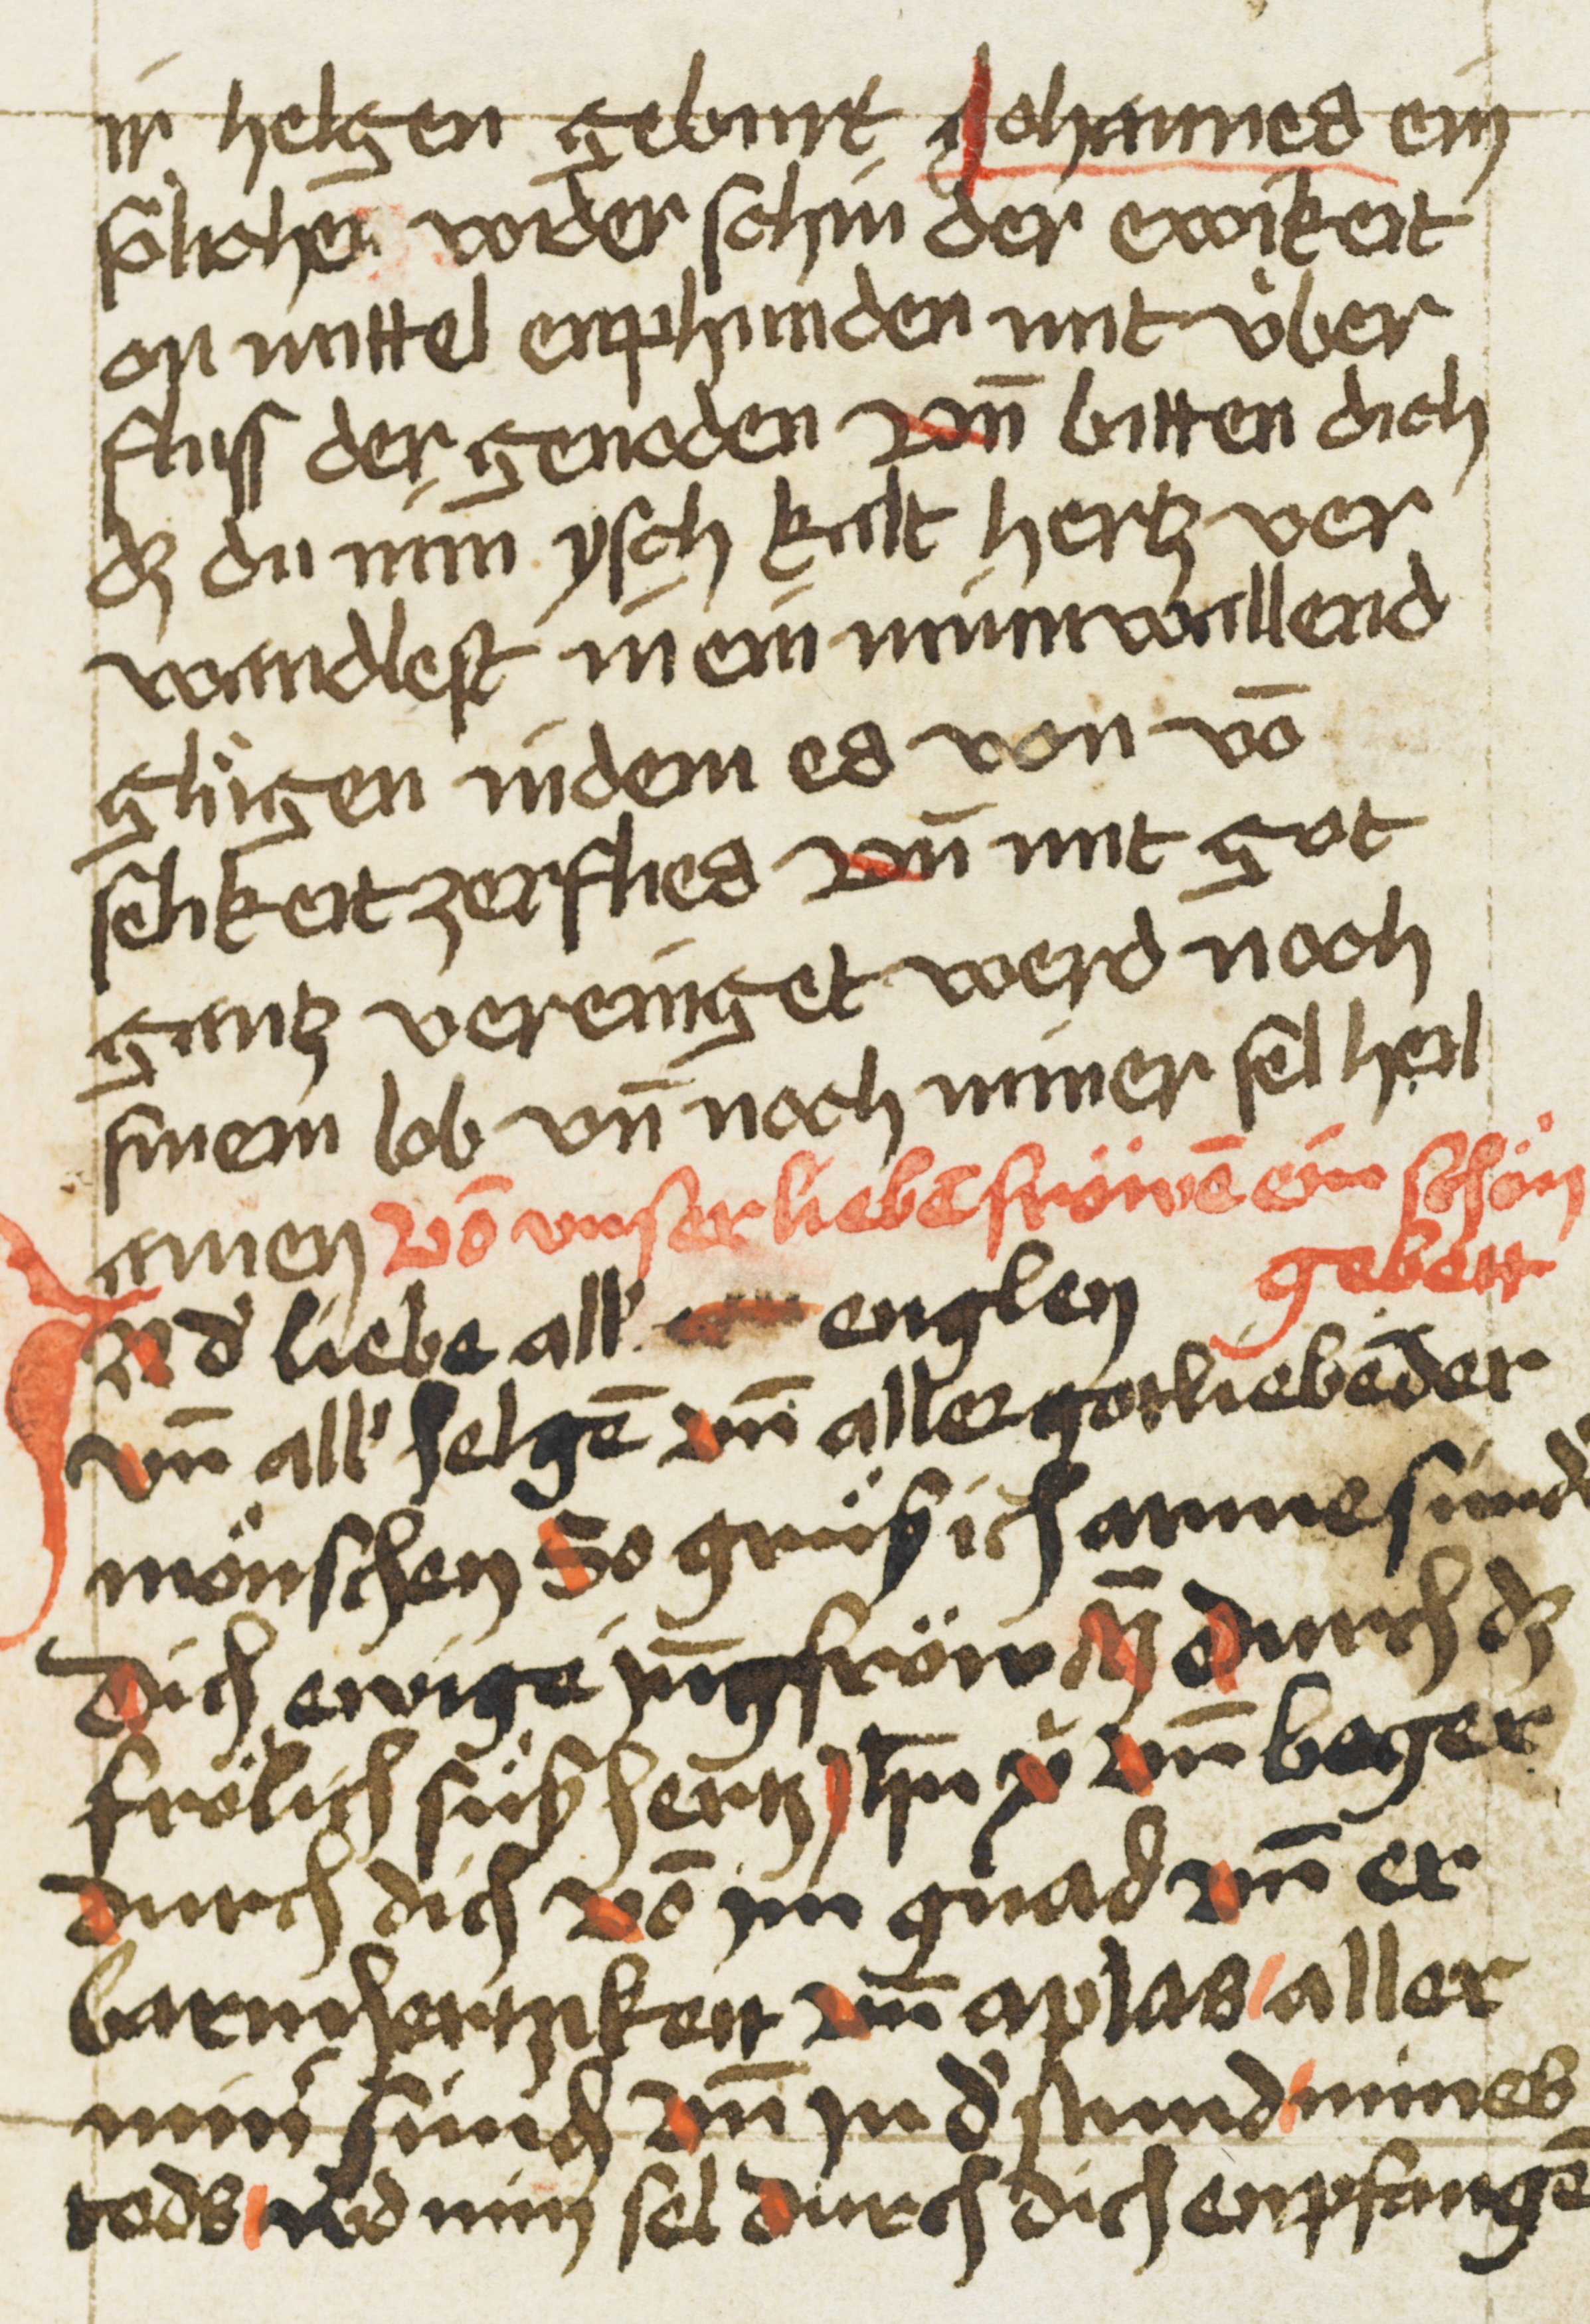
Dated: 1507–1507